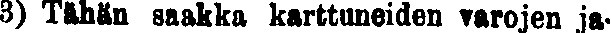
3) Tähän saakka karttuneiden varojen ja-